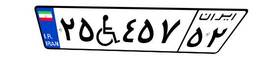
۲۵W۴۵۷۵۲